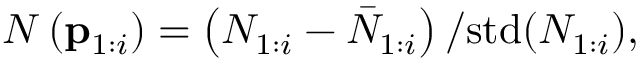
N \left( \mathbf { p } _ { 1 : i } \right) = \left( N _ { 1 : i } - \bar { N } _ { 1 : i } \right) / \mathrm { s t d } ( N _ { 1 : i } ) ,